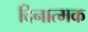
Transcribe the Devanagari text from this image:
दिनात्मक